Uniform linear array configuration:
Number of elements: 4
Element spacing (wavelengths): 0.25
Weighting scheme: hamming
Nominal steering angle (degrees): -30
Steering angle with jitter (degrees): -30.487
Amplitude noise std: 0.05
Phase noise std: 0.05

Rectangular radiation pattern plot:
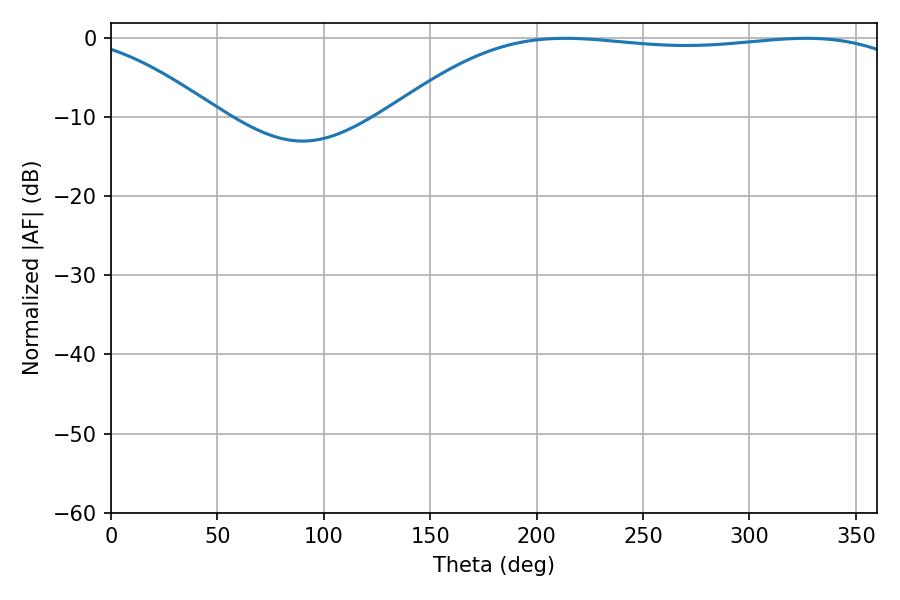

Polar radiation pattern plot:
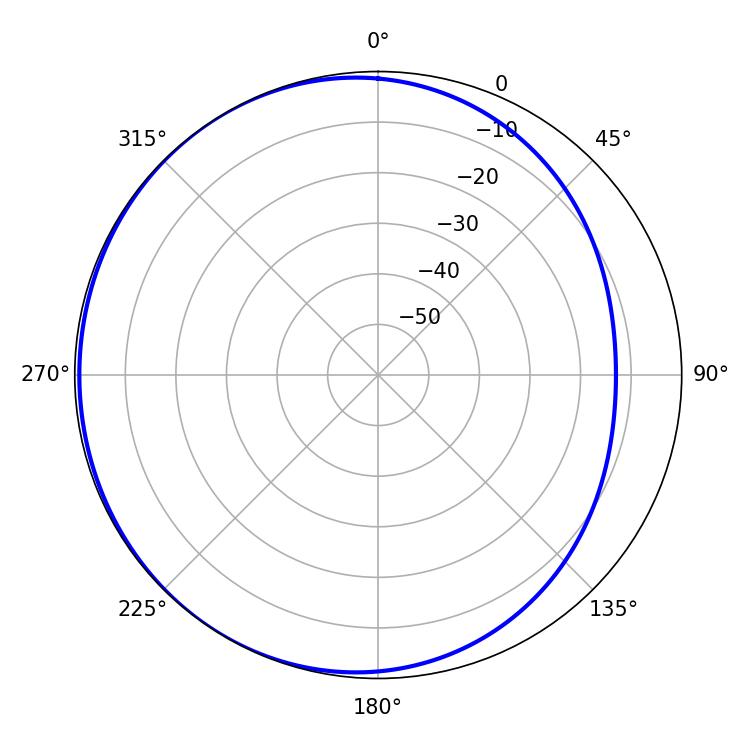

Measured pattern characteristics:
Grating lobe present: FALSE
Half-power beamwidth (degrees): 194.4
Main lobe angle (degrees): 213.48